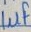
Text: 1µF